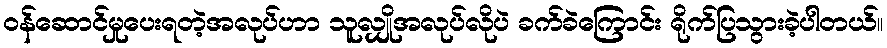
ဝန်ဆောင်မှုပေးရတဲ့အလုပ်ဟာ သူလျှိုအလုပ်လိုပဲ ခက်ခဲကြောင်း ရိုက်ပြသွားခဲ့ပါတယ်။